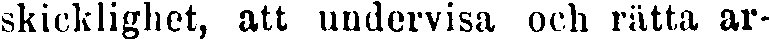
skicklighet, att undervisa och rätta ar-